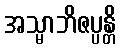
အသ္မာဘိဇပ္ပန္တိ